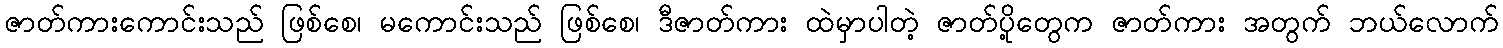
ဇာတ်ကားကောင်းသည် ဖြစ်စေ၊ မကောင်းသည် ဖြစ်စေ၊ ဒီဇာတ်ကား ထဲမှာပါတဲ့ ဇာတ်ပို့တွေက ဇာတ်ကား အတွက် ဘယ်လောက်